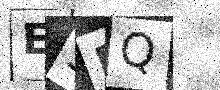
Text: E5BQ